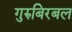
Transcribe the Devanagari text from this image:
गुरुबिरबल